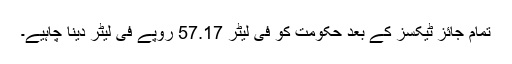
تمام جائز ٹیکسز کے بعد حکومت کو فی لیٹر 57.17 روپے فی لیٹر دینا چاہیے۔